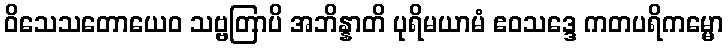
ဝိသေသတောယေဝ သဗ္ဗတြာပိ အဘိန္နာတိ ပုရိမယာမံ ဧဝသဒ္ဒေ ကတပရိကမ္မော